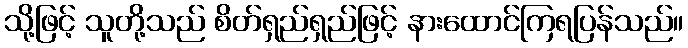
သို့ဖြင့် သူတို့သည် စိတ်ရှည်ရှည်ဖြင့် နားထောင်ကြရပြန်သည်။